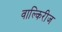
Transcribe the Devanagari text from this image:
वाल्किरीज